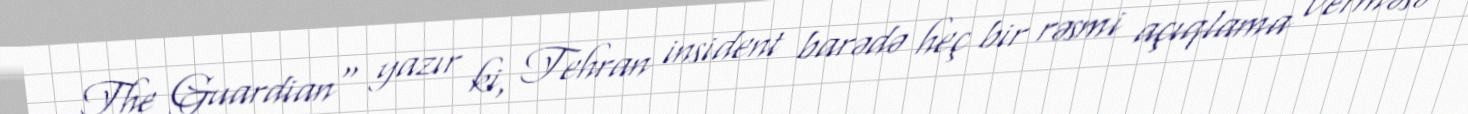
The Guardian" yazır ki, Tehran insident barədə heç bir rəsmi açıqlama verməsə